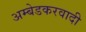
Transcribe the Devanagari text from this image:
अम्‍बेडकरवादी